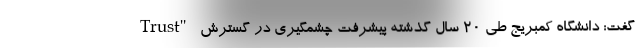
Trust" گفت: دانشگاه کمبریج طی ۲۰ سال گذشته پیشرفت چشمگیری در گسترش